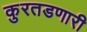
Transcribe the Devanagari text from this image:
कुरतडणारी